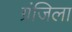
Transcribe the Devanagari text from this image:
ग्रंजिला